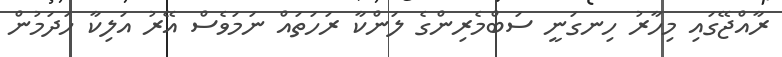
ރާއްޖޭގައި މިހާރު ހިނގަނީ ސަބްމެރިންގެ ލަންކާ ރަހަތައް ނަމަވެސް އޭރު އަލިކާ ހަދަމުން